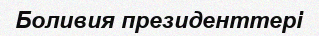
Боливия президенттері